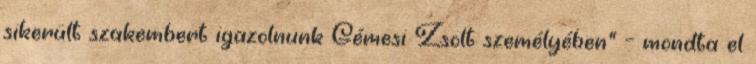
sikerült szakembert igazolnunk Gémesi Zsolt személyében" – mondta el